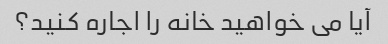
آیا می خواهید خانه را اجاره کنید؟